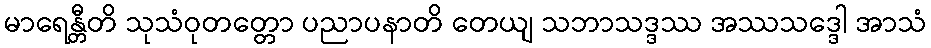
မာရေန္တီတိ သုသံဝုတတ္တော ပညာပနာတိ တေယျ သဘာသဒ္ဒဿ အဿသဒ္ဒေါ အာသံ